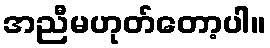
အညီမဟုတ်တော့ပါ။